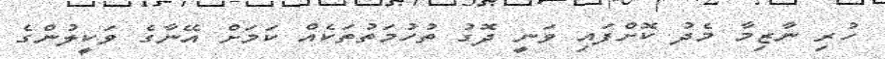
ހުރި ނާޒިމާ މެދު ކޮށްފައި ވަނީ ދޮގު ތުހުމަތުތަކެއް ކަމަށް އޭނާގެ ވަކީލުންގެ